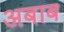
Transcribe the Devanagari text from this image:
अबाब